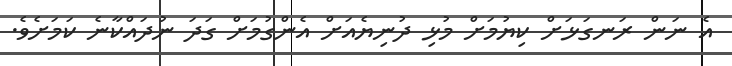
އެ ނަން ރަނގަޅަށް ކިޔުމަށް މުޅި ދުނިޔެއަށް އެންގުމަށް ގަދަ ނުދައްކާނެ ކަމަށެވެ.